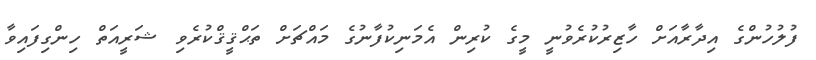
ފުލުހުންގެ އިދާރާއަށް ހާޒިރުކުރެވުނީ މީގެ ކުރިން އެމަނިކުފާނުގެ މައްޗަށް ތަޙްޤީޤްކުރެވި ޝަރީއަތް ހިންގިފައިވާ